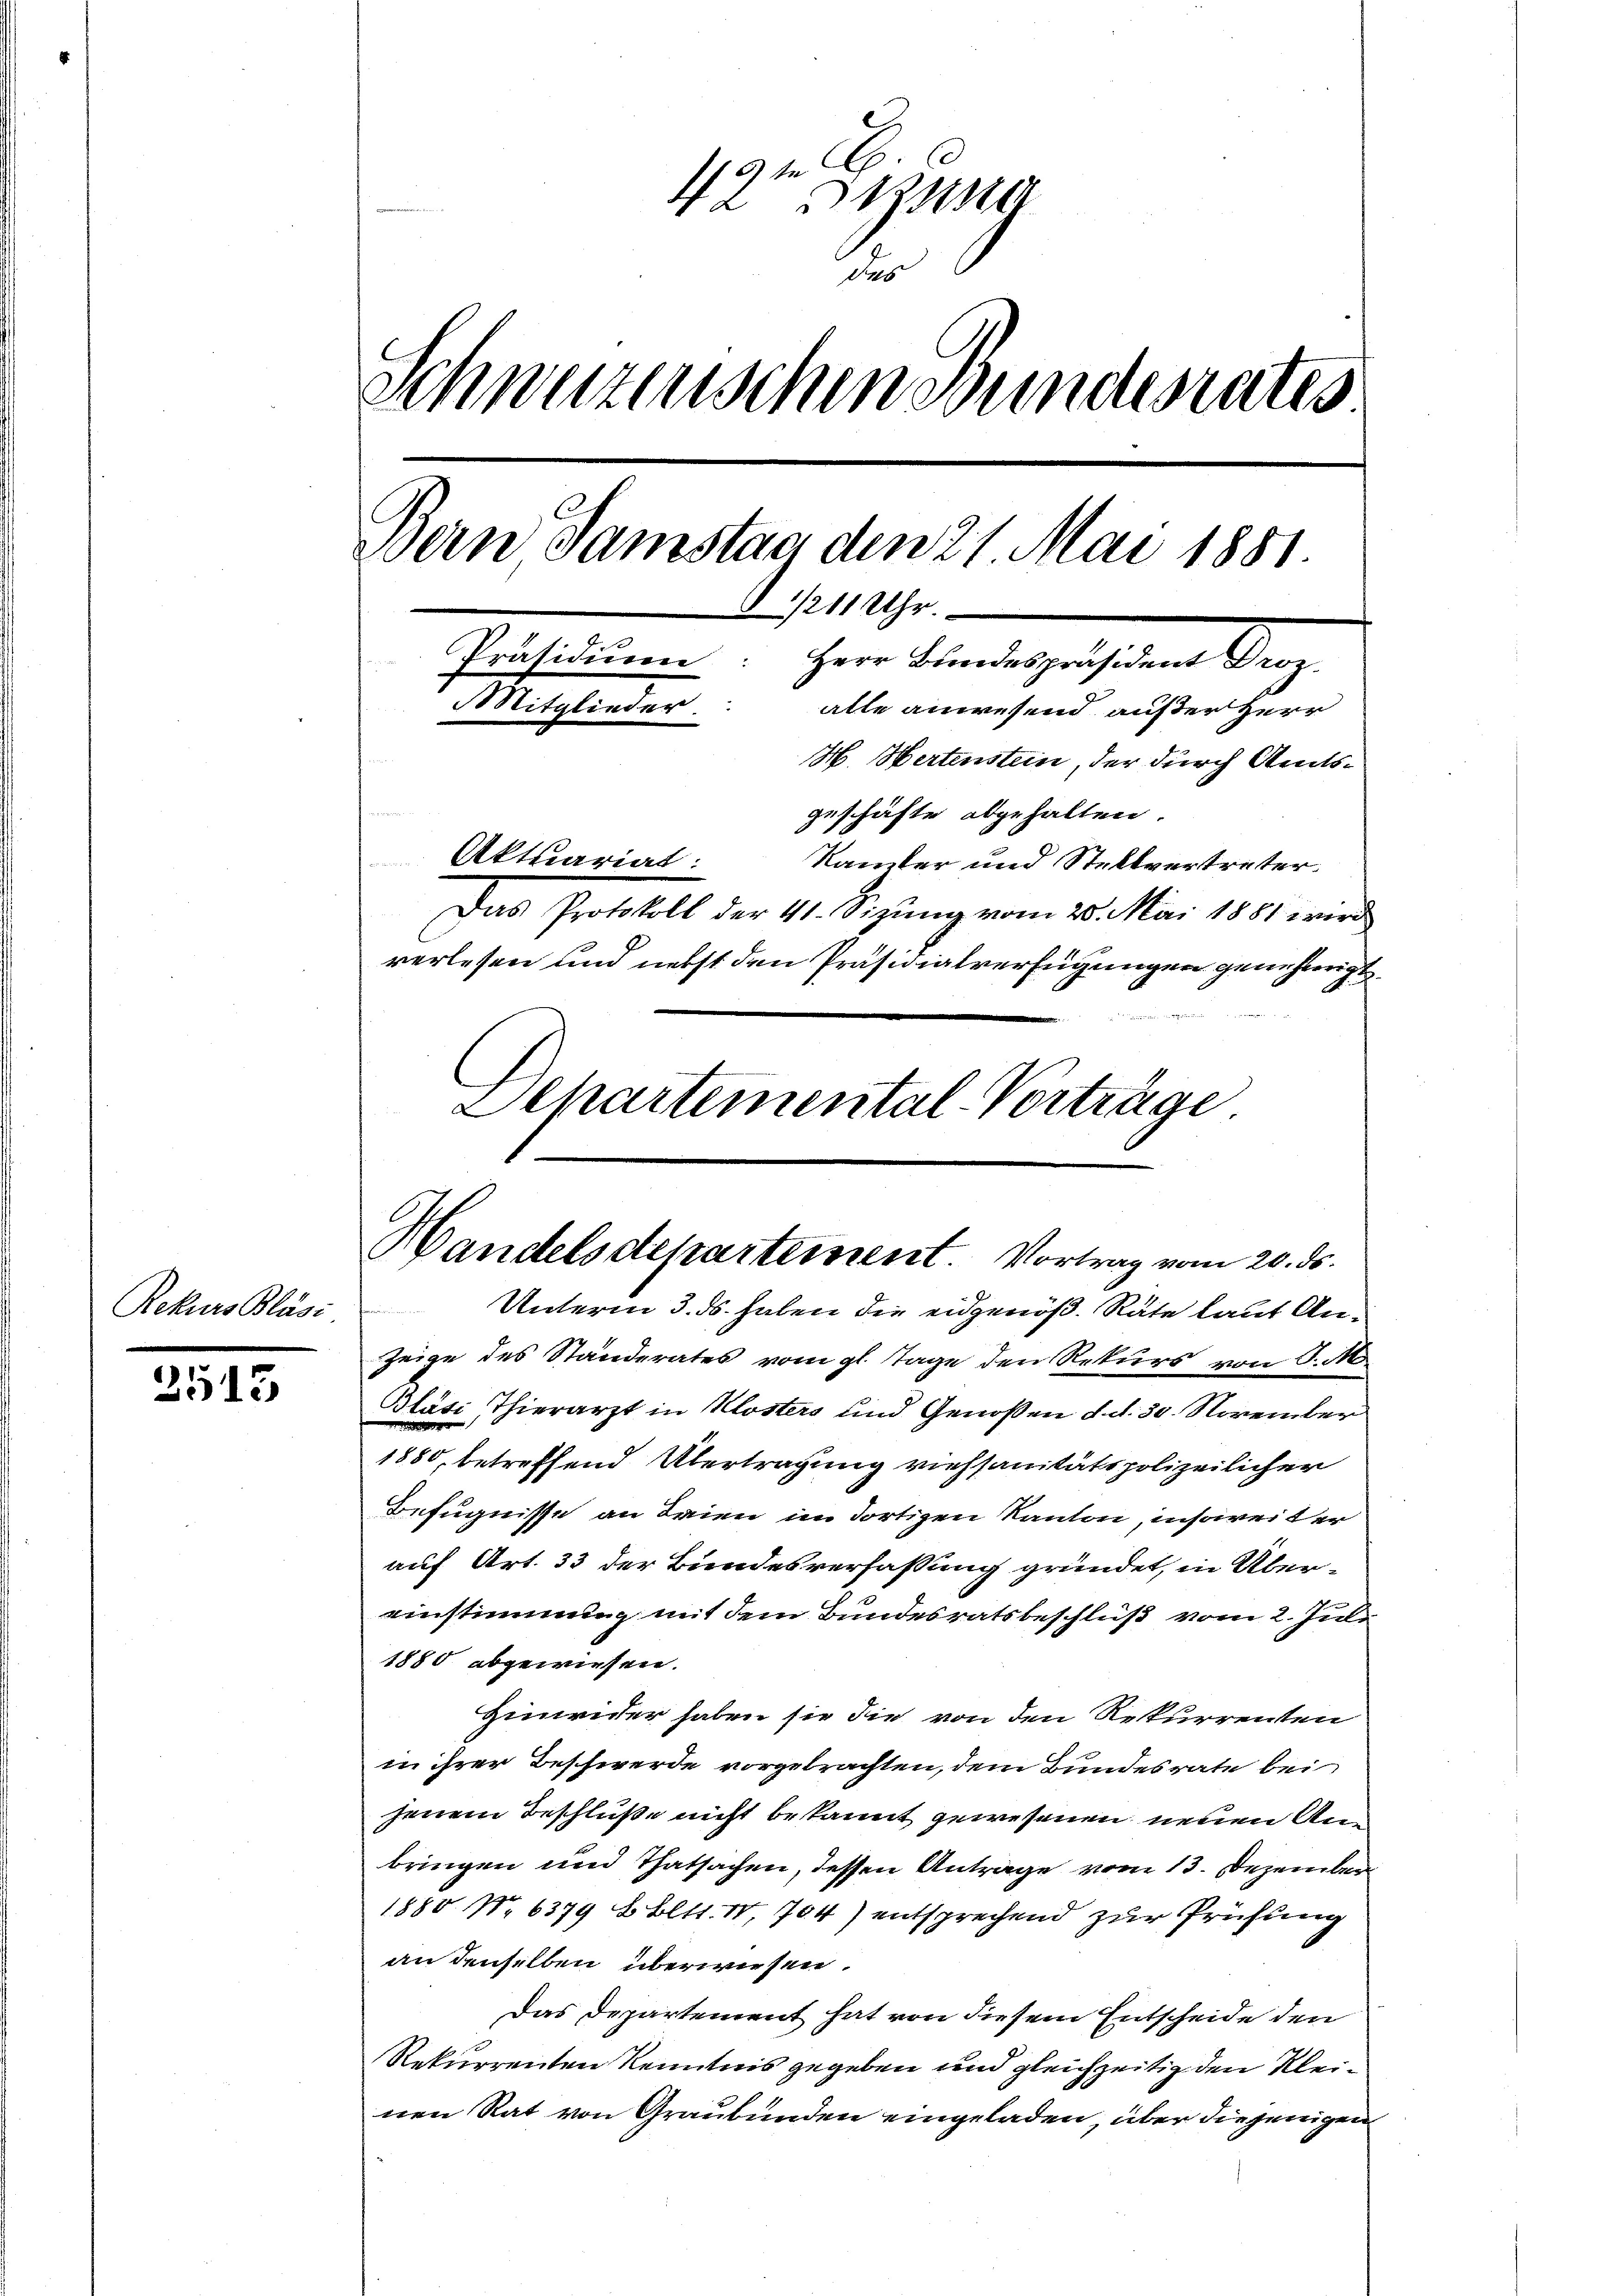
Rekurs Bläsi

2513

1191
A 231
das
Schweizerischen Bundesrates.
Bern Samstag den 21 Mai 1881.
 1/2 11 Uhr.
Präsidium: Herr Bundespräsident Droz
Mitglieder
alle anwesend auf der Herr
H. Hertenstein, der durch Amtsgeschäfte abgehalten.
Aktuariat:
Kanzler und Stellvertreter.
Das Protokoll der 41. Sizŭng vom 20. Mai 1881 wird
verlesen und nebst den Präsidialverfügungen genehmigt.

Schartemental-Vorträge
Handelsdepartement. Vortrag vom 20. ds.

Unterm 3. ds. haben die eidgenöß. Räte laut Anzeige des Ständerates vom gl. Tage den Rekurs von P. M
Gläti Thierarzt in Klosters und Genoßen d. d. 30. November
1880, betreffend Übertragung viehsanitätspolizeilicher
Befugnisse an Brien im dortigen Kanton, insoweiter
auf Art. 33 der Bundesverfassung gründet, in Übereinstimmung mit dem Bundesratsbeschluß vom 2. Jul
1880 abgewiesen.
Hinwider haben sie die von den Rekurrenten
in ihrer Beschwerde vorgetrachten, dem Bundesrate bei
jenem Beschluße nicht bekannt gewesenen neuen Anbringen und Thatsachen, dessen Antrage vom 13. Dezember
1880 No 6379 u Bett. IV, 704) entsprechend zur Prüfung
an denselben überwiesen.
Das Departement hat von diesem Entscheide den
Rekurrenten Kenntnis gegeben und gleichzeitig den Kleinen Rat von Graubünden eingeladen, über diejenigen